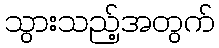
သွားသည့်အတွက်